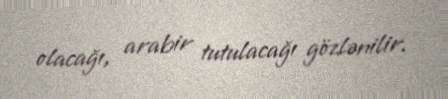
olacağı, arabir tutulacağı gözlənilir.